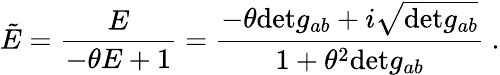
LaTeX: \tilde{E}=\frac{E}{-\theta E+1}=\frac{-\theta\mathrm{det}g_{ab}+i\sqrt{\mathrm{det}g_{ab}}}{1+\theta^{2}\mathrm{det}g_{ab}}\ .